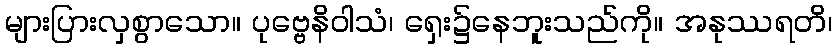
များပြားလှစွာသော။ ပုဗ္ဗေနိဝါသံ၊ ရှေး၌နေဘူးသည်ကို။ အနုဿရတိ၊